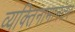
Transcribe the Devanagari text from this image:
व्यक्तिनामानंतर